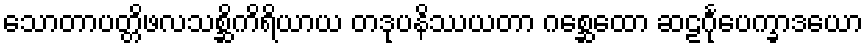
သောတာပတ္တိဖလသစ္ဆိကိရိယာယ တဒုပနိဿယတာ ဂစ္ဆေထော ဆဠင်္ဂုပေက္ခာဒယော